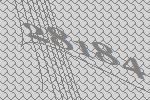
28184